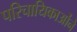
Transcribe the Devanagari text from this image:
परिचायिकाओंने